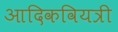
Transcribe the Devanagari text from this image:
आदिकवियत्री